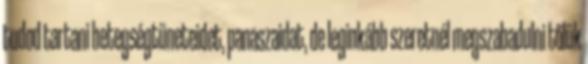
tudod tartani betegségtüneteidet, panaszaidat, de leginkább szeretnél megszabadulni tőlük